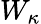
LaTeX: W_{\kappa}